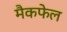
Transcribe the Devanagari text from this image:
मैकफेल